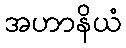
အဟာနိယံ